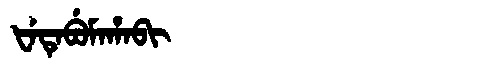
Manchu: ᡶᡝᡨᡝᠪᡠᠮᠠᡥᠠᠪᡳ
Romanization: FETEBUMAHABI